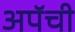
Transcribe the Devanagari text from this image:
अपॅची